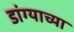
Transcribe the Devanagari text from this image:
डांग्याच्या